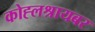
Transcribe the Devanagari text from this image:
कोह्लश्रायबर